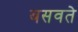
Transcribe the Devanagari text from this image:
बसवते